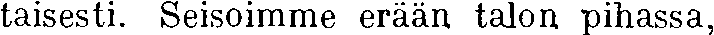
taisesti. Seisoimme erään talon pihassa,